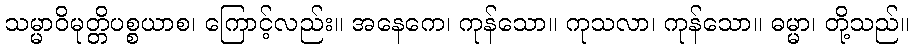
သမ္မာဝိမုတ္တိပစ္စယာစ၊ ကြောင့်လည်း။ အနေကေ၊ ကုန်သော။ ကုသလာ၊ ကုန်သော။ ဓမ္မာ၊ တို့သည်။